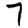
Digit: 7